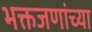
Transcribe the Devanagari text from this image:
भक्तजणांच्या